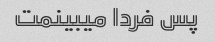
پس فردا میبینمت